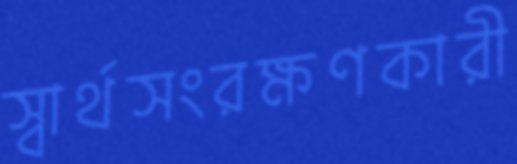
স্বার্থসংরক্ষণকারী